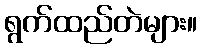
ရွက်ထည်တဲများ။